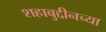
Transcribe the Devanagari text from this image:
शहाबुद्दीनच्या